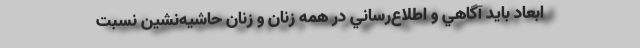
ابعاد بايد آگاهي و اطلاع‌رساني در همه زنان و زنان حاشيه‌نشين نسبت